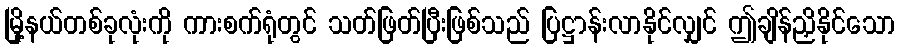
မြို့နယ်တစ်ခုလုံးကို ကားစက်ရုံတွင် သတ်ဖြတ်ပြီးဖြစ်သည် ပြဋ္ဌာန်းလာနိုင်လျှင် ဤချိန်ညှိနိုင်သော